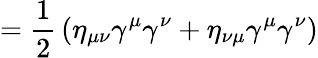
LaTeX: ={\frac{1}{2}}\left(\eta_{\mu\nu}\gamma^{\mu}\gamma^{\nu}+\eta_{\nu\mu}\gamma^{\mu}\gamma^{\nu}\right)